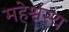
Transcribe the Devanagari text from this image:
महेश्वस्य